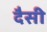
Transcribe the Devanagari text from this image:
दैसी